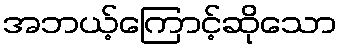
အဘယ့်ကြောင့်ဆိုသော